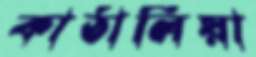
কাঠালিয়া